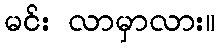
မင်း လာမှာလား။